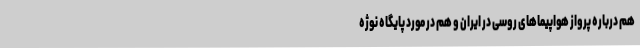
هم درباره پرواز هواپیماهای روسی در ایران و هم در مورد پایگاه نوژه